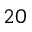
2 0